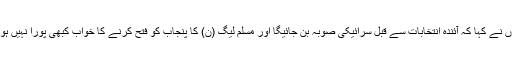
انہوں نے کہا کہ آئندہ انتخابات سے قبل سرائیکی صوبہ بن جائیگا اور مسلم لیگ (ن) کا پنجاب کو فتح کرنے کا خواب کبھی پورا نہیں ہوگا ۔